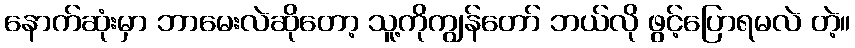
နောက်ဆုံးမှာ ဘာမေးလဲဆိုတော့ သူ့ကိုကျွန်တော် ဘယ်လို ဖွင့်ပြောရမလဲ တဲ့။